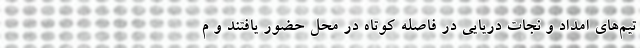
تیم‌های امداد و نجات دریایی در فاصله کوتاه در محل حضور یافتند و م